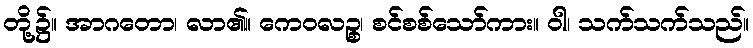
တို့၌။ အာဂတော၊ လာ၏။ ကေဝလဉ္စ၊ စင်စစ်သော်ကား။ ဝါ၊ သက်သက်သည်။